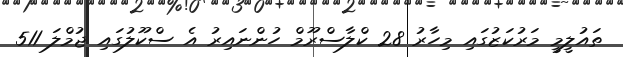
ތައުލީމީ މަރުކަޒުގައި މިހާރު 28 ކްލާސްރޫމް ހުންނައިރު އެ ސްކޫލުގައި ޖުމްލަ 511